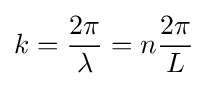
k={\frac {2\pi }{\lambda }}=n{\frac {2\pi }{L}}